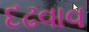
દઢવાવ